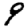
Digit: 9